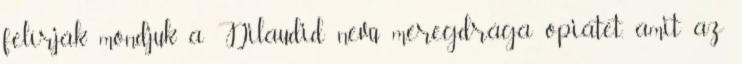
felírják mondjuk a Dilaudid nevű méregdrága opiátet, amit az